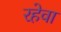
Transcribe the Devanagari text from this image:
रहेवा